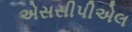
એસસીપીએલ